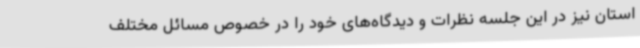
استان نیز در این جلسه نظرات و دیدگاه‌های خود را در خصوص مسائل مختلف